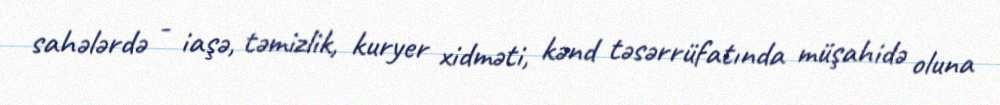
sahələrdə - iaşə, təmizlik, kuryer xidməti, kənd təsərrüfatında müşahidə oluna